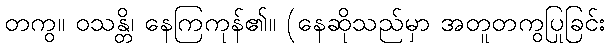
တကွ။ ဝသန္တိ၊ နေကြကုန်၏။ (နေဆိုသည်မှာ အတူတကွပြုခြင်း